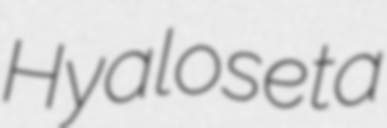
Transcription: Hyaloseta